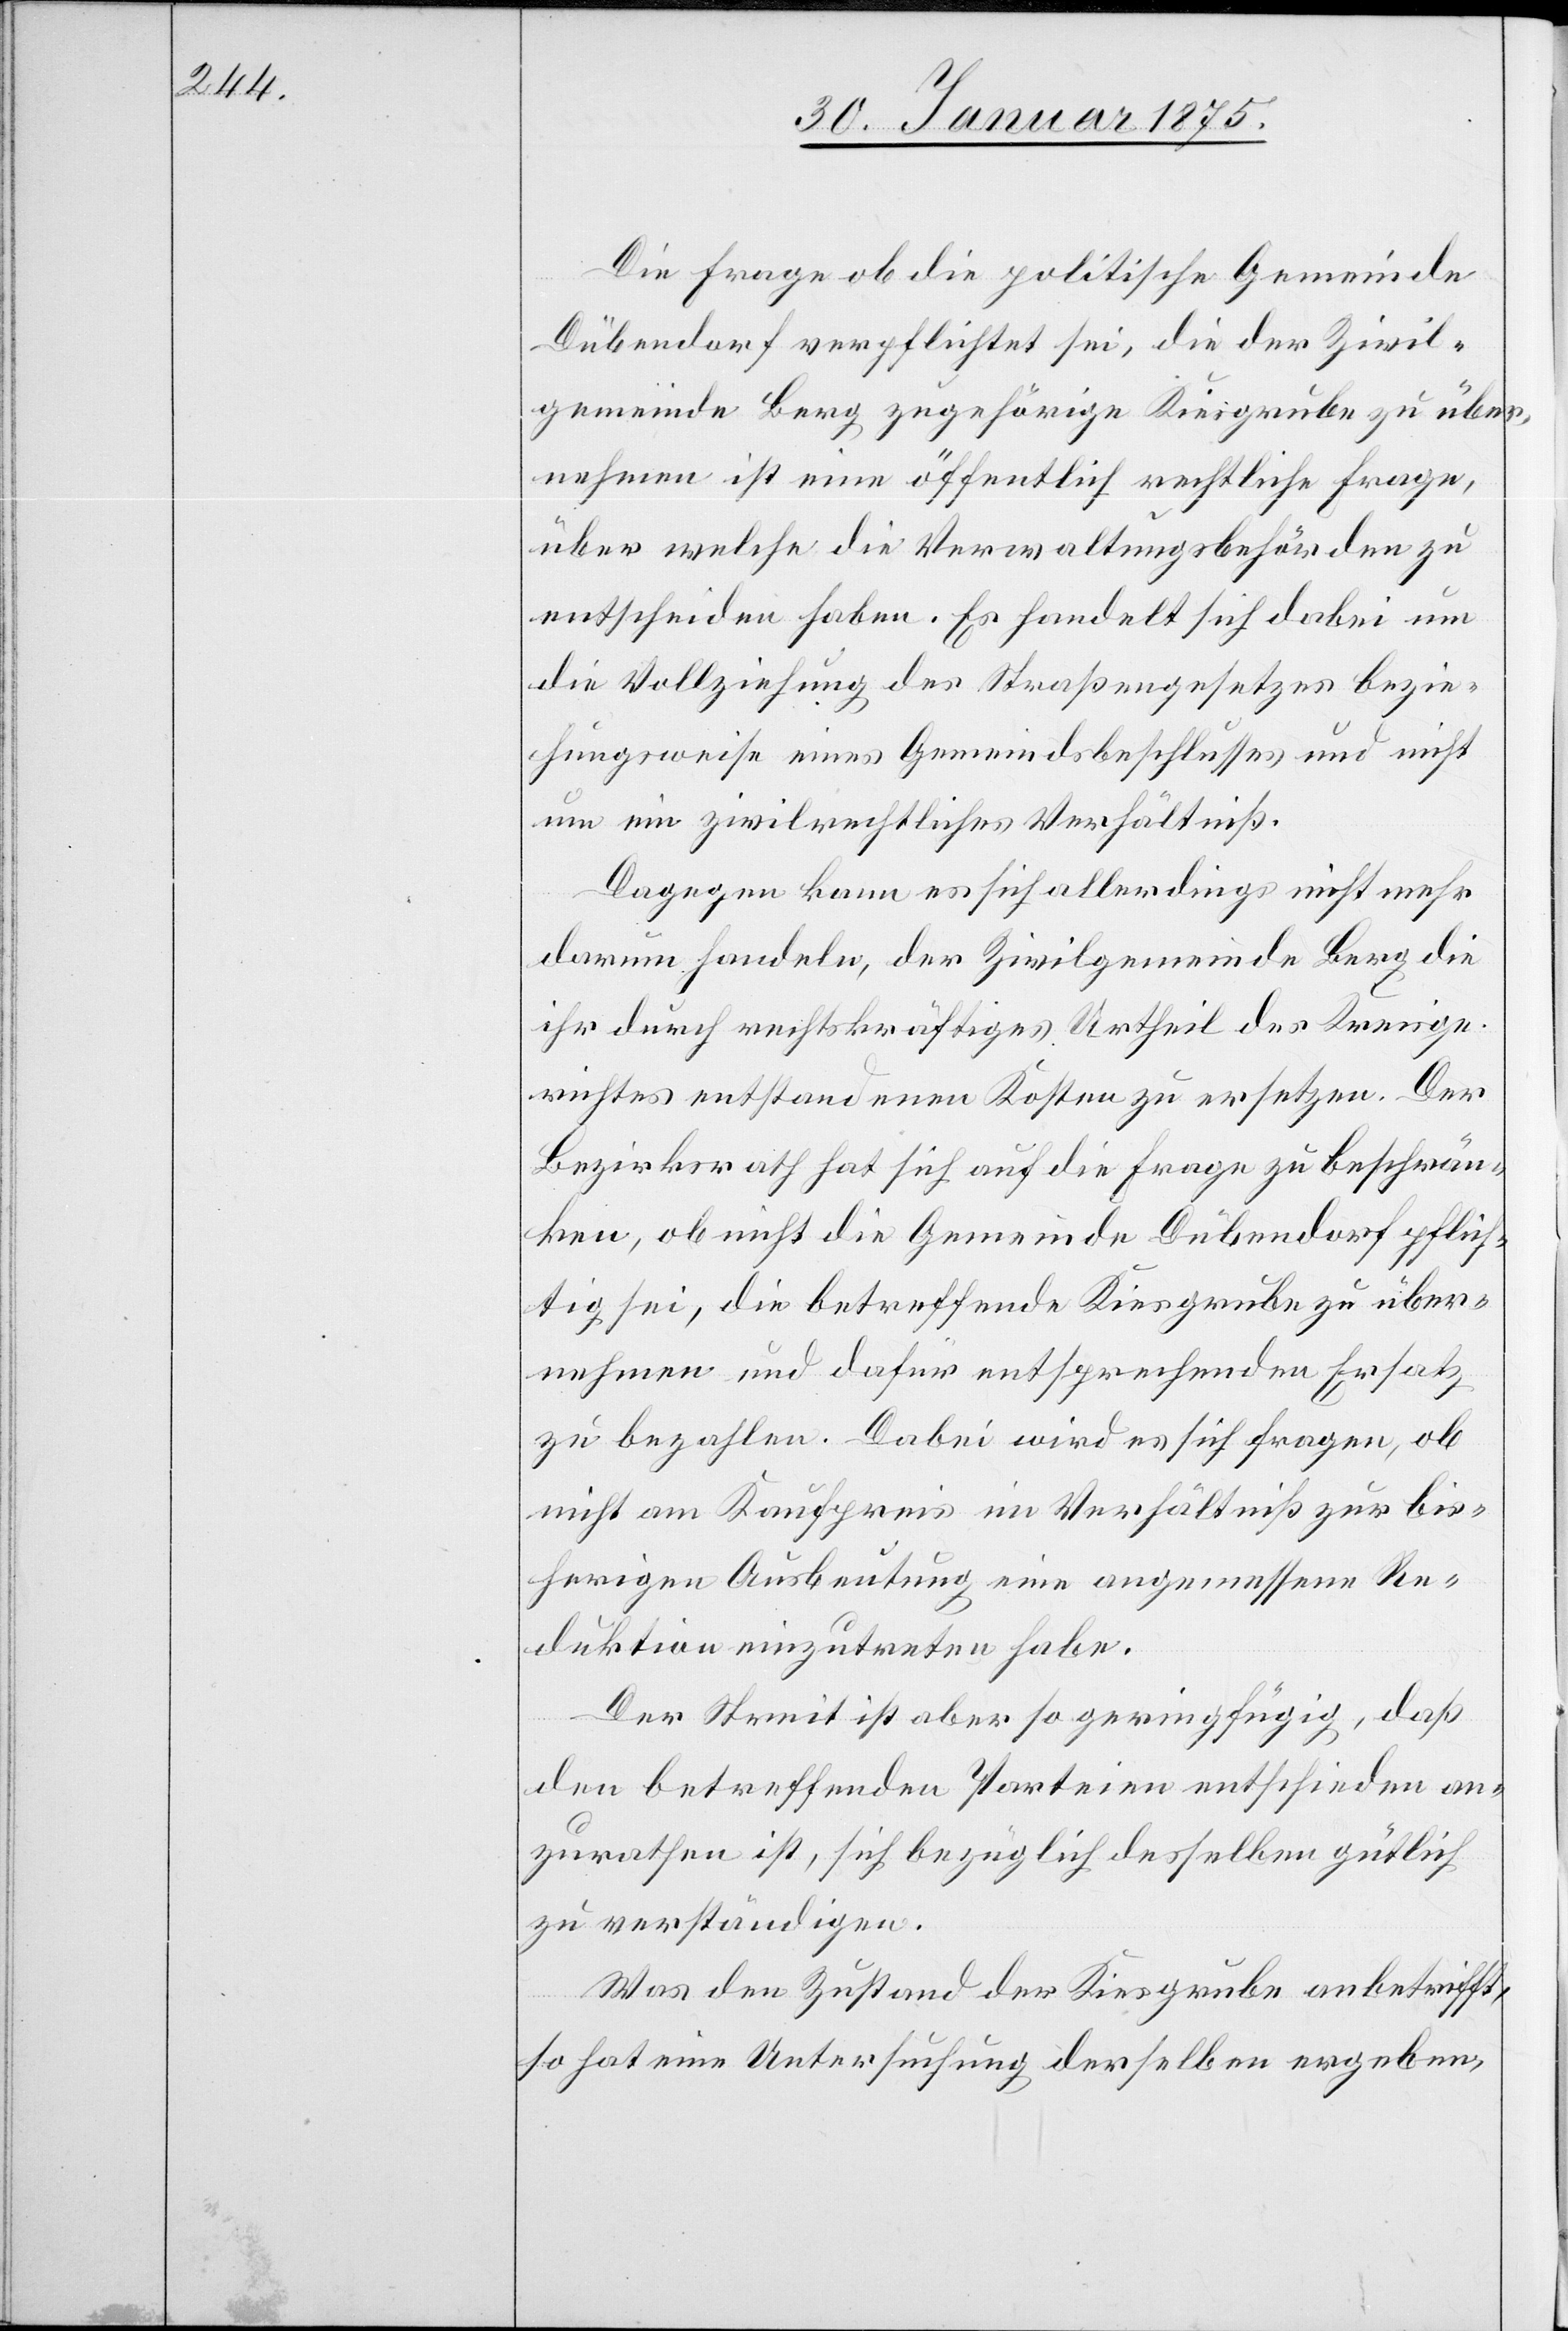
Die Frage ob die politische Gemeinde
Dübendorf verpflichtet sei, die der Zivil¬
gemeinde Berg zugehörige Kiesgrube zu über¬
nehmen ist eine öffentlich rechtliche Frage,
über welche die Verwaltungsbehörden zu
entscheiden haben. Es handelt sich dabei um
die Vollziehung des Straßengesetzes bezie¬
hungsweise eines Gemeindsbeschlusses und nicht
um ein zivilrechtliches Verhältniß.
Dagegen kann es sich allerdings nicht mehr
darum handeln, der Zivilgemeinde Berg die
ihr durch rechtskräftiges Urtheil des Kreisge¬
richtes entstandenen Kosten zu ersetzen. Der
Bezirksrath hat sich auf die Frage zu beschrän¬
ken, ob nicht die Gemeinde Dübendorf pflich¬
tig sei, die betreffende Kiesgrube zu über¬
nehmen und dafür entsprechenden Ersatz
zu bezahlen. Dabei wird es sich fragen, ob
nicht am Kaufpreis im Verhältniß zur bis¬
herigen Ausbeutung eine angemessene Re¬
duktion einzutreten haben.
Der Streit ist aber so geringfügig, daß
den betreffenden Parteien entschieden an¬
zurathen ist, sich bezüglich desselben gütlich
zu verständigen.
Was den Zustand der Kiesgrube anbetrifft,
so hat eine Untersuchung derselben ergeben,